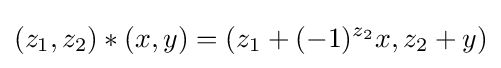
(z_{1},z_{2})*(x,y)=(z_{1}+(-1)^{z_{2}}x,z_{2}+y)